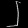
Digit: ၂